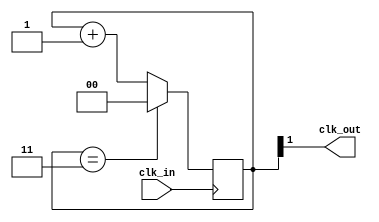
//-- Entrada: clk_in. Seal original
//-- Salida: clk_out. Seal de frecuencia 1/M de la original
module divM(input wire clk_in, output wire clk_out);

//-- Valor por defecto del divisor
//-- Como en la iCEstick el reloj es de 100MHz, ponermos un valor de 4
//-- para obtener una frecuencia de salida de 250MHz
parameter M = 4;

//-- Numero de bits para almacenar el divisor
//-- Se calculan con la funcion de verilog $clog2, que nos devuelve el 
//-- numero de bits necesarios para representar el numero M
//-- Es un parametro local, que no se puede modificar al instanciar
localparam N = $clog2(M);

//-- Registro para implementar el contador modulo M
reg [N-1:0] divcounter = 0;

//-- Contador mdulo M
always @(posedge clk_in)
  if (divcounter == M - 1) 
    divcounter <= 0;
  else 
    divcounter <= divcounter + 1;

//-- Sacar el bit mas significativo por clk_out
assign clk_out = divcounter[N-1];

endmodule